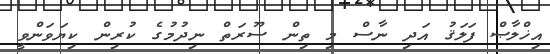
އިޚްލާޞް ފަލަޤު އަދި ނާސް މި ތިން ސޫރަތް ނިދުމުގެ ކުރިން ކިޔަވަންވީ